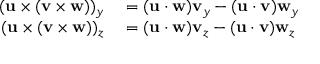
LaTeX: \begin{array} { r l } { ( \mathbf { u } \times ( \mathbf { v } \times \mathbf { w } ) ) _ { y } } & { { } = ( \mathbf { u } \cdot \mathbf { w } ) \mathbf { v } _ { y } - ( \mathbf { u } \cdot \mathbf { v } ) \mathbf { w } _ { y } } \\ { ( \mathbf { u } \times ( \mathbf { v } \times \mathbf { w } ) ) _ { z } } & { { } = ( \mathbf { u } \cdot \mathbf { w } ) \mathbf { v } _ { z } - ( \mathbf { u } \cdot \mathbf { v } ) \mathbf { w } _ { z } } \end{array}